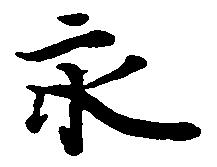
永